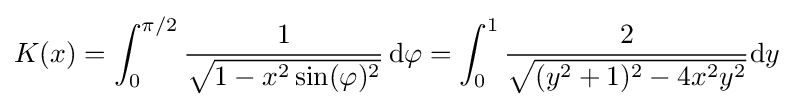
K(x)=\int _{0}^{\pi /2}{\frac {1}{\sqrt {1-x^{2}\sin(\varphi )^{2}}}}\,\mathrm {d} \varphi =\int _{0}^{1}{\frac {2}{\sqrt {(y^{2}+1)^{2}-4x^{2}y^{2}}}}\mathrm {d} y